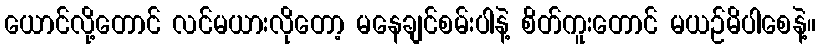
ယောင်လို့တောင် လင်မယားလိုတော့ မနေချင်စမ်းပါနဲ့ စိတ်ကူးတောင် မယဉ်မိပါစေနဲ့။